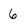
Character: 6